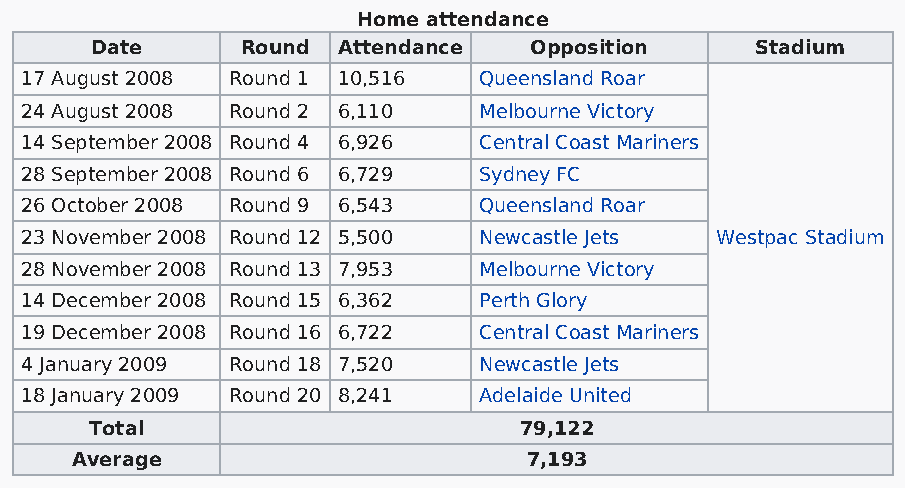
Home attendance
 Date      Round Attendance   Opposition     Stadium
 17 August 2008 Round 1 10,516  Queensland Roar
 24 August 2008 Round 2 6,110   Melbourne Victory
 14 September 2008 Round 4 6,926 Central Coast Mariners
 28 September 2008 Round 6 6,729 Sydney FC
 26 October 2008 Round 9 6,543  Queensland Roar
 23 November 2008 Round 12 5,500 Newcastle Jets Westpac Stadium
 28 November 2008 Round 13 7,953 Melbourne Victory
 14 December 2008 Round 15 6,362 Perth Glory
 19 December 2008 Round 16 6,722 Central Coast Mariners
 4 January 2009 Round 18 7,520  Newcastle Jets
 18 January 2009 Round 20 8,241 Adelaide United
 Total                       79,122
 Average                       7,193